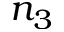
n _ { 3 }